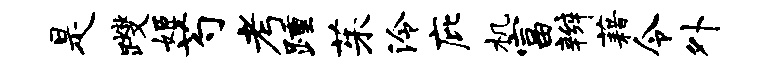
是躞姬芍考踵茱泠庇机富辫藉令外